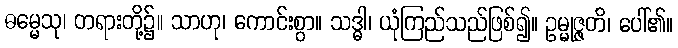
ဓမ္မေသု၊ တရားတို့၌။ သာဟု၊ ကောင်းစွာ။ သဒ္ဓါ၊ ယုံကြည်သည်ဖြစ်၍။ ဥမ္မုဇ္ဇတိ၊ ပေါ်၏။